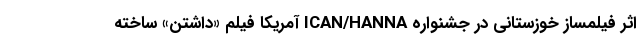
اثر فیلمساز خوزستانی در جشنواره ICAN/HANNA آمریکا فیلم «داشتن» ساخته